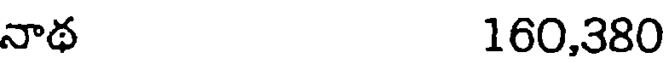
నాథ 160,380